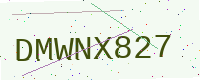
Text: DMWNX827